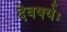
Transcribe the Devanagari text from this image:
देवषर्यः